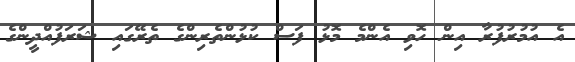
އެ އުމުރުފުރާ އިން ހޮވި އެންމެ މޮޅު ފަސް ކުޅުންތެރިންގެ ތެރޭގައި ޝަރަފުއްދީންގެ